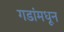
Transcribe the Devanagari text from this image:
गडांमधून